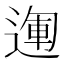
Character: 𨔪